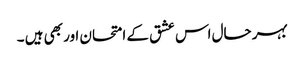
بہر حال اس عشق کے امتحان اور بھی ہیں ۔